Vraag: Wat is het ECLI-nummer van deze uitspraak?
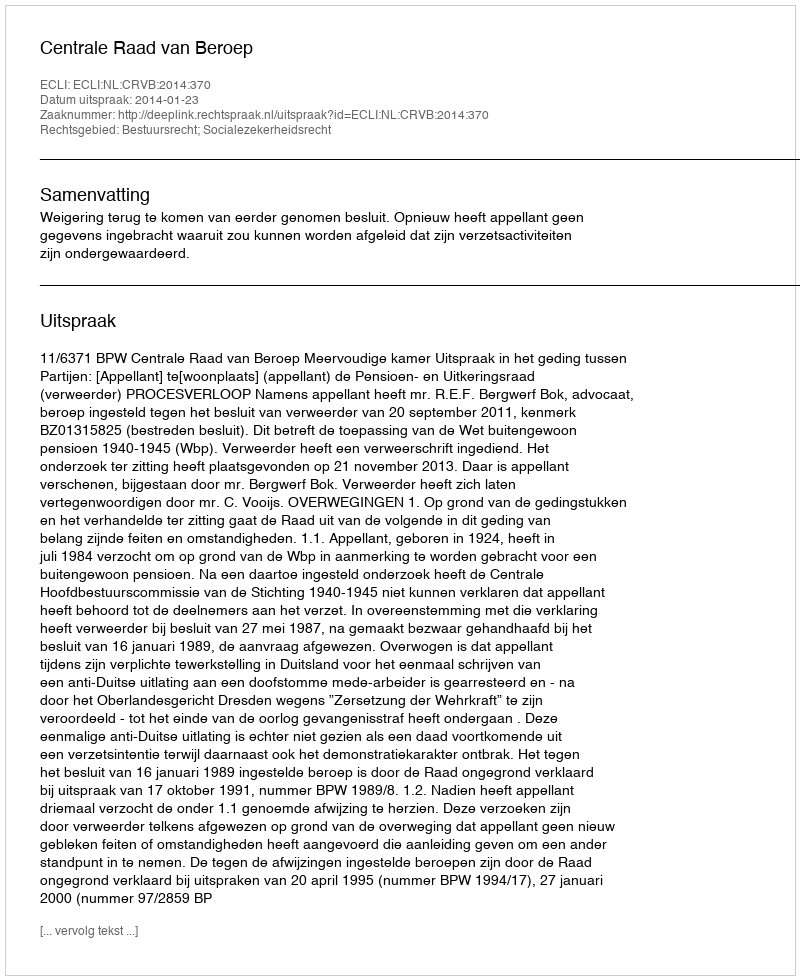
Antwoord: ECLI:NL:CRVB:2014:370